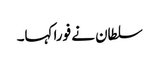
سلطان نے فورا کہا۔